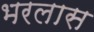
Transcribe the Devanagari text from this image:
भरलास